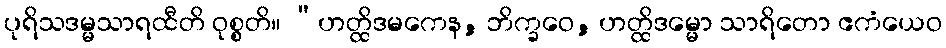
ပုရိသဒမ္မသာရထီတိ ဝုစ္စတိ။ “ဟတ္ထိဒမကေန, ဘိက္ခဝေ, ဟတ္ထိဒမ္မော သာရိတော ဧကံယေဝ